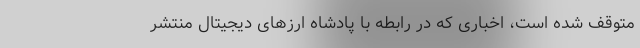
متوقف شده است، اخباری که در رابطه با پادشاه ارزهای دیجیتال منتشر